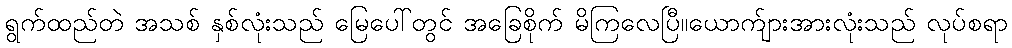
ရွက်ထည်တဲ အသစ် နှစ်လုံးသည် မြေပေါ်တွင် အခြေစိုက် မိကြလေပြီ။ယောက်ျားအားလုံးသည် လုပ်စရာ